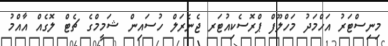
މިނިސްޓަރު އަހްމަދު މަހްލޫފް ޕްރޮސެކިއުޓަރ ޖެނެރަލް ހުސައިން ޝަމީމްގެ ޗެޓް ލޮގެއް އާއްމު